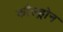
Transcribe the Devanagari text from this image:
कौल्ड्रोन